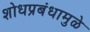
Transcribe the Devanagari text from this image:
शोधप्रबंधामुळे